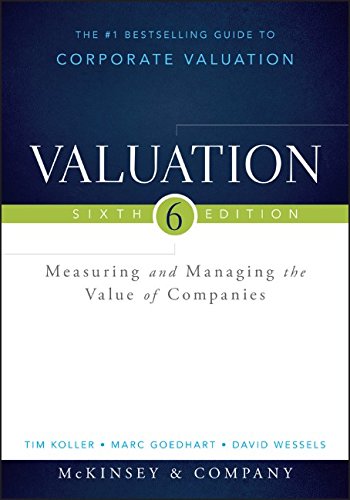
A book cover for Valuation: Measuring and Managing the Value of Companies (Wiley Finance); McKinsey & Company Inc.; Business & Money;